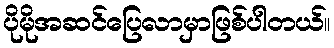
ပိုမိုအဆင်ပြေလာမှာဖြစ်ပါတယ်။